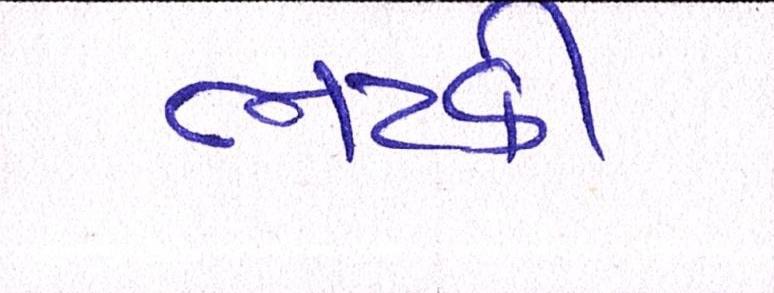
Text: ભટકી